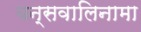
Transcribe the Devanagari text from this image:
बन्सवालिनामा